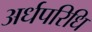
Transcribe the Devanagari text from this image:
अर्धपरिधि